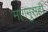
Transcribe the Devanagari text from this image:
मागमुसही